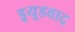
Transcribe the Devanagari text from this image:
ड्र्यूडवाद